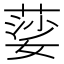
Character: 䓾